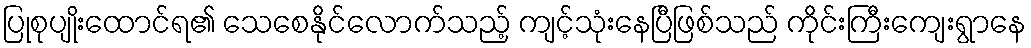
ပြုစုပျိုးထောင်ရ၏ သေစေနိုင်လောက်သည့် ကျင့်သုံးနေပြီဖြစ်သည် ကိုင်းကြီးကျေးရွာနေ